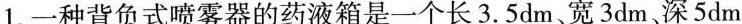
1.一种背负式喷雾器的药液箱是一个长3.5dm、宽3dm，深5dm